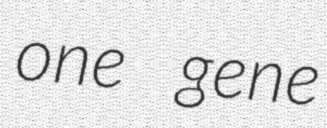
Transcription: one gene